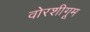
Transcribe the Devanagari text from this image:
वोरशीगूम